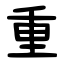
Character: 重